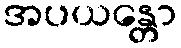
အပယန္တော